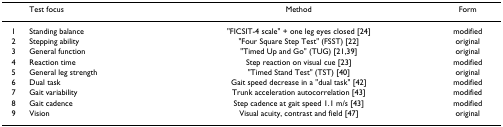
<table><thead><tr><td></td><td><b>Test focus</b></td><td><b>Method</b></td><td><b>Form</b></td></tr></thead><tbody><tr><td>1</td><td>Standing balance</td><td>&quot;FICSIT-4 scale&quot; + one leg eyes closed [24]</td><td>modified</td></tr><tr><td>2</td><td>Stepping ability</td><td>&quot;Four Square Step Test&quot; (FSST) [22]</td><td>original</td></tr><tr><td>3</td><td>General function</td><td>&quot;Timed Up and Go&quot; (TUG) [21,39]</td><td>original</td></tr><tr><td>4</td><td>Reaction time</td><td>Step reaction on visual cue [23]</td><td>modified</td></tr><tr><td>5</td><td>General leg strength</td><td>&quot;Timed Stand Test&quot; (TST) [40]</td><td>original</td></tr><tr><td>6</td><td>Dual task</td><td>Gait speed decrease in a &quot;dual task&quot; [42]</td><td>modified</td></tr><tr><td>7</td><td>Gait variability</td><td>Trunk acceleration autocorrelation [43]</td><td>modified</td></tr><tr><td>8</td><td>Gait cadence</td><td>Step cadence at gait speed 1.1 m/s [43]</td><td>modified</td></tr><tr><td>9</td><td>Vision</td><td>Visual acuity, contrast and field [47]</td><td>original</td></tr></tbody></table>